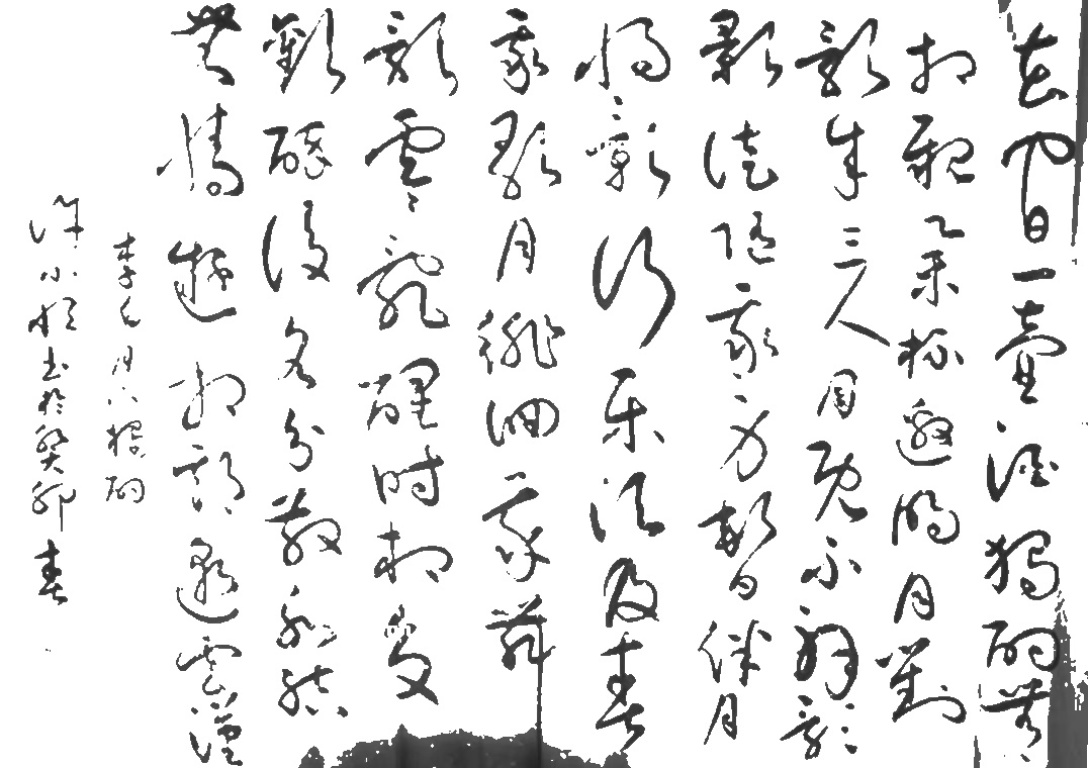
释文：花间一壶酒，独酌无相亲。举杯邀明月，对影成三人。月既不解饮，影徒随我身。暂伴月将影，行乐须及春。我歌月徘徊，我舞影零乱。醒时同交欢，醉后各分散。永结无情游，相期邈云汉。李白诗月下独酌许小恒书扵癸卯春